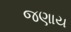
જણાય